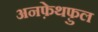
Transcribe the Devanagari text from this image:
अनफ़ेथफ़ुल